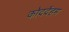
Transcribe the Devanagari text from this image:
कोददेंहम